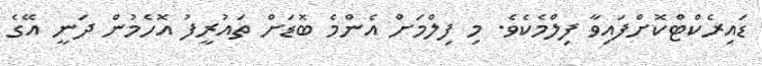
ޑައިރެކްޓްކޮށްފައިވާ ފިލްމެކެވެ. މި ފިލްމަށް އެންމެ ބޮޑަށް ތައުރީފު އޮހެމުން ދަނީ އޭގެ